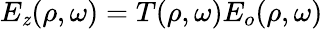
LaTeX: E_{\mathit{z}}(\rho,\omega)=T(\rho,\omega)E_{o}(\rho,\omega)